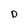
Character: D